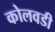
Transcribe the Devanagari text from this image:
कोलवडी